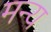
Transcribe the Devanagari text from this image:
मन्य